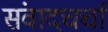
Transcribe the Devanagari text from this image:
संवादचर्चा